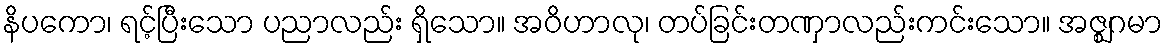
နိပကော၊ ရင့်ပြီးသော ပညာလည်း ရှိသော။ အဝိဟာလု၊ တပ်ခြင်းတဏှာလည်းကင်းသော။ အဇ္ဈဂမာ